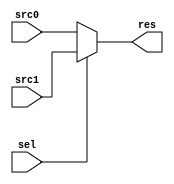
module MUX #(
    parameter  WIDTH = 32
    )(
        input   [WIDTH-1:0] src0,src1,
        input   [      0:0] sel,

        output  [WIDTH-1:0] res
    );
    assign res = sel?src1:src0;
endmodule